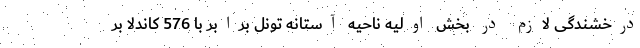
درخشندگی لازم در بخش اولیه ناحیه آستانه تونل برابر با 576 کاندلا بر